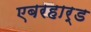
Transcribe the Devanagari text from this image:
एबरहार्ड